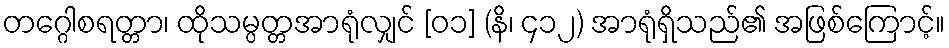
တဂ္ဂေါစရတ္တာ၊ ထိုသမ္ပတ္တအာရုံလျှင် [၀၁] (နိ၊ ၄၁၂) အာရုံရှိသည်၏ အဖြစ်ကြောင့်။